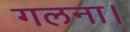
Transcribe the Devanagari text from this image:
गलना।